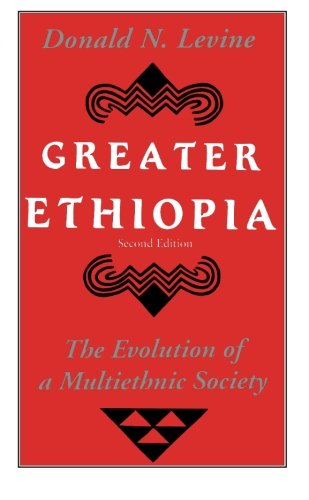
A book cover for Greater Ethiopia: The Evolution of a Multiethnic Society; Donald N. Levine; History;